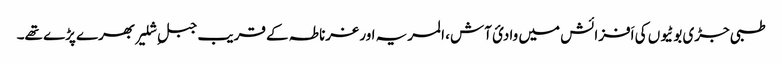
طبی جڑی بوٹیوں کی اَفزائش میں وادیٔ آش، المریہ اور غرناطہ کے قریب جبلِ شلیر بھرے پڑے تھے۔